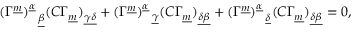
( \Gamma ^ { \underline { { m } } } ) _ { ~ ~ \underline { { \beta } } } ^ { \underline { { \alpha } } } ( C \Gamma _ { \underline { { m } } } ) _ { \underline { { { \gamma \delta } } } } + ( \Gamma ^ { \underline { { m } } } ) _ { ~ ~ \underline { { \gamma } } } ^ { \underline { { \alpha } } } ( C \Gamma _ { \underline { { m } } } ) _ { \underline { { { \delta \beta } } } } + ( \Gamma ^ { \underline { { m } } } ) _ { ~ ~ \underline { { \delta } } } ^ { \underline { { \alpha } } } ( C \Gamma _ { \underline { { m } } } ) _ { \underline { { { \delta \beta } } } } = 0 ,